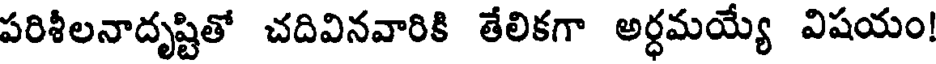
పరిశీలనాదృష్టితో చదివినవారికి తేలికగా అర్ధమయ్యే విషయం!